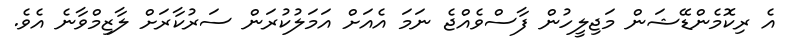
އެ ރިކޮމެންޑޭޝަން މަޖިލީހުން ފާސްވެއްޖެ ނަމަ އެއަށް އަމަލުކުރަން ސަރުކާރަށް ލާޒިމްވާނެ އެވެ.